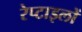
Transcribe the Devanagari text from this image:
रेप्टाइलों